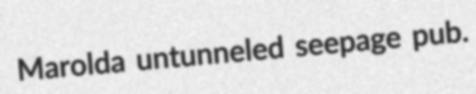
Marolda untunneled seepage pub.